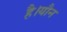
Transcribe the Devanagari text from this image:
है।यौन